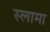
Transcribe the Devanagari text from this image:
स्लामा